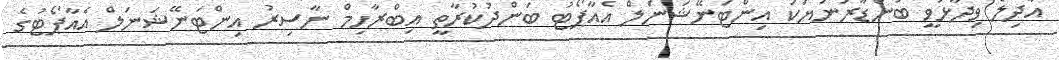
އާދިލް ވިދާޅުވީ ބަންޑާރަނަޔަކަ އިންޓަނޭޝަނަލް އެއާޕޯޓު ބަންދުކުރާތީ އިބްރާހިމް ނާސިރު އިންޓަނޭޝަނަލް އެއާޕޯޓުގެ